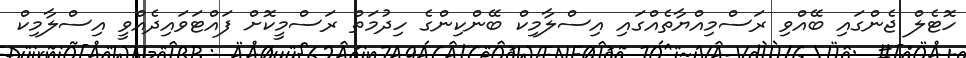
ހޮޓެލް ޖެންގައި ބޭއްވި ރަސްމިއްޔާތެއްގައި އިސްލާމިކް ބޭންކިންގެ ހިދުމަތް ރަސްމީކޮށް ފައްޓަވައިދެއްވީ އިސްލާމިކް